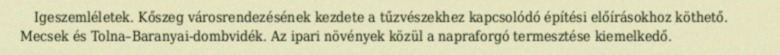
Igeszemléletek. Kőszeg városrendezésének kezdete a tűzvészekhez kapcsolódó építési előírásokhoz köthető. Mecsek és Tolna–Baranyai-dombvidék. Az ipari növények közül a napraforgó termesztése kiemelkedő.